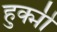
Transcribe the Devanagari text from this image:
हुक्मी